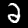
Label: 2